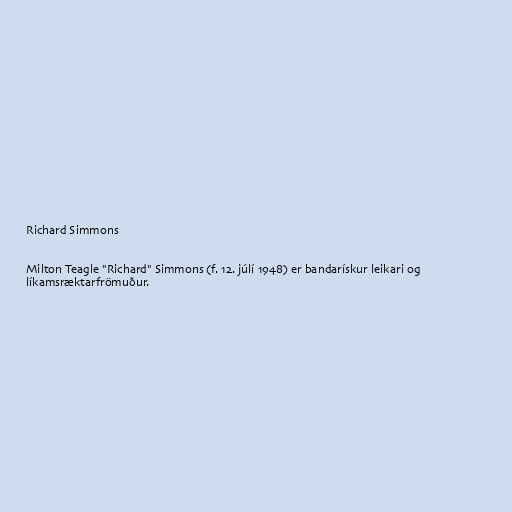
Richard Simmons

Milton Teagle "Richard" Simmons (f. 12. júlí 1948) er bandarískur leikari og
líkamsræktarfrömuður.